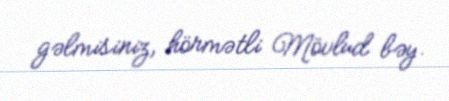
gəlmisiniz, hörmətli Mövlud bəy.